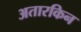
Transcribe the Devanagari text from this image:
अतारकिन